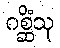
ဂစ္ဆိံသု